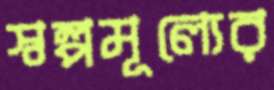
স্বল্পমূল্যের